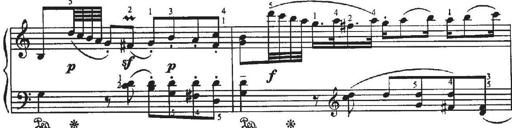
Title: Sonatina No.4 in C major
Composer: Georg Benda
Key: C major